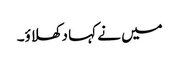
میں نے کہا دکھلاؤ۔